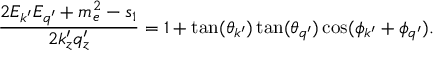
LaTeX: \frac { 2 E _ { k ^ { \prime } } E _ { q ^ { \prime } } + m _ { e } ^ { 2 } - s _ { 1 } } { 2 k _ { z } ^ { \prime } q _ { z } ^ { \prime } } = 1 + \tan ( \theta _ { k ^ { \prime } } ) \tan ( \theta _ { q ^ { \prime } } ) \cos ( \phi _ { k ^ { \prime } } + \phi _ { q ^ { \prime } } ) .